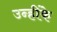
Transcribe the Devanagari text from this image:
उन्हींके